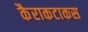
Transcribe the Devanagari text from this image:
कैराकटाकस